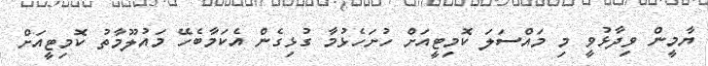
ޔާމީން ވިދާޅުވީ މި މައްސަލަ ކޮމިޓީއަށް ހުށަހެޅުމާ ގުޅިގެން އެކަމާބެހޭ މައުލޫމާތު ކޮމިޓީއަށް